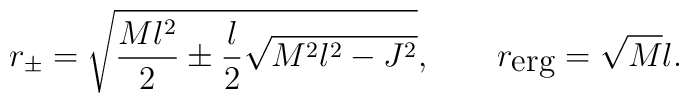
r_\pm=\sqrt{\frac{Ml^2}{2}\pm\frac{l}{2}\sqrt{M^2l^2-J^2}},\;\;\;\;\;\;\;r_{\mbox{erg}}=\sqrt{M}l.